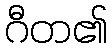
ဂီတ၏